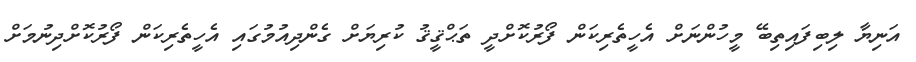
އަނިޔާ ލިބިފައިތިބޭ މީހުންނަށް އެހީތެރިކަން ފޯރުކޮށްދީ ތަޙްޤީޤު ކުރިޔަށް ގެންދިއުމުގައި އެހީތެރިކަން ފޯރުކޮށްދިނުމަށް